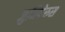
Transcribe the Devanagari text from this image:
जुनिपेरुस